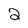
Character: 2